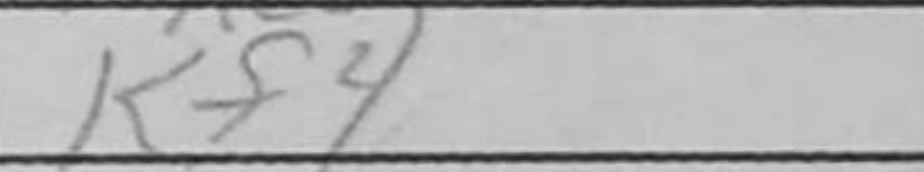
Transcription: Kf4